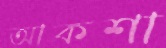
আকশা